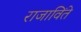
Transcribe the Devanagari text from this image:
राजाविंते